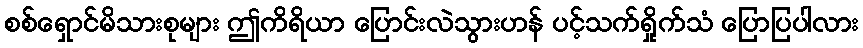
စစ်ရှောင်မိသားစုများ ဤကိရိယာ ပြောင်းလဲသွားဟန် ပင့်သက်ရှိုက်သံ ပြောပြပါလား